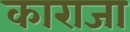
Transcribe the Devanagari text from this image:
काराजा